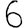
Digit: 6